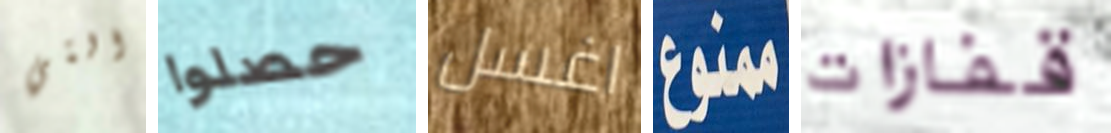
التي حصلوا اغسل ممنوع قفازات